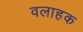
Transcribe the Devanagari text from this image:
वलाहक